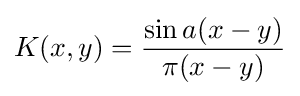
K(x,y)={\frac {\sin a(x-y)}{\pi (x-y)}}